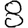
Digit: 8